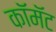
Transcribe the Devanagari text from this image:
कॉमॅट